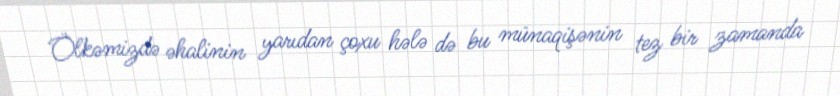
Ölkəmizdə əhalinin yarıdan çoxu hələ də bu münaqişənin tez bir zamanda